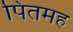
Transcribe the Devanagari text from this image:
पितमह